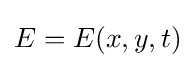
E=E(x,y,t)